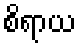
စိရာယ